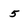
Character: 5